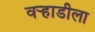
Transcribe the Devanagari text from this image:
वर्‍हाडीला